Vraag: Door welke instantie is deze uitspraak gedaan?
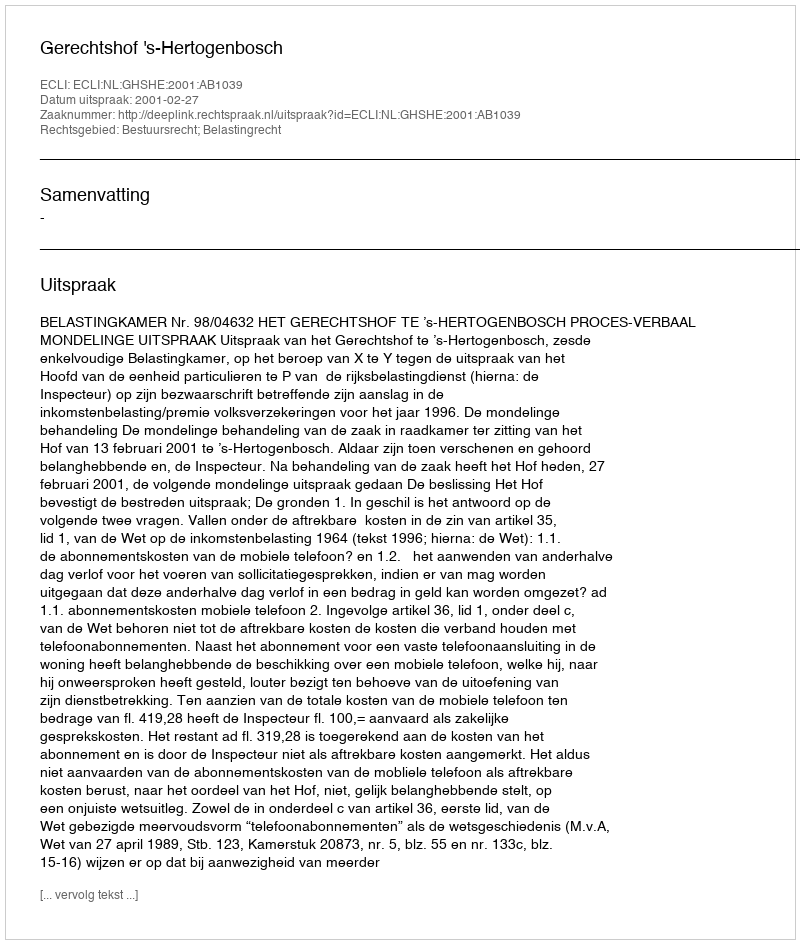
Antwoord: Gerechtshof 's-Hertogenbosch